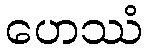
ဟေဿံ